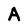
Character: A